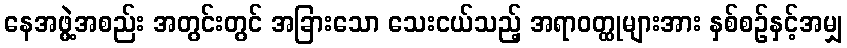
နေအဖွဲ့အစည်း အတွင်းတွင် အခြားသော သေးငယ်သည့် အရာဝတ္ထုများအား နှစ်စဉ်နှင့်အမျှ